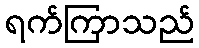
ရက်ကြာသည်